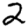
Digit: 2